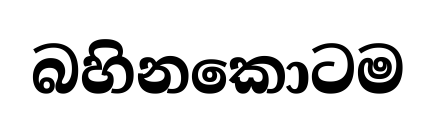
බහිනකොටම